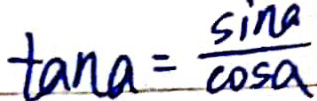
\tan a = \frac { \sin a } { \cos a }